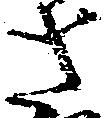
さ